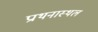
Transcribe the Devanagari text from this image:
प्राथनास्थल